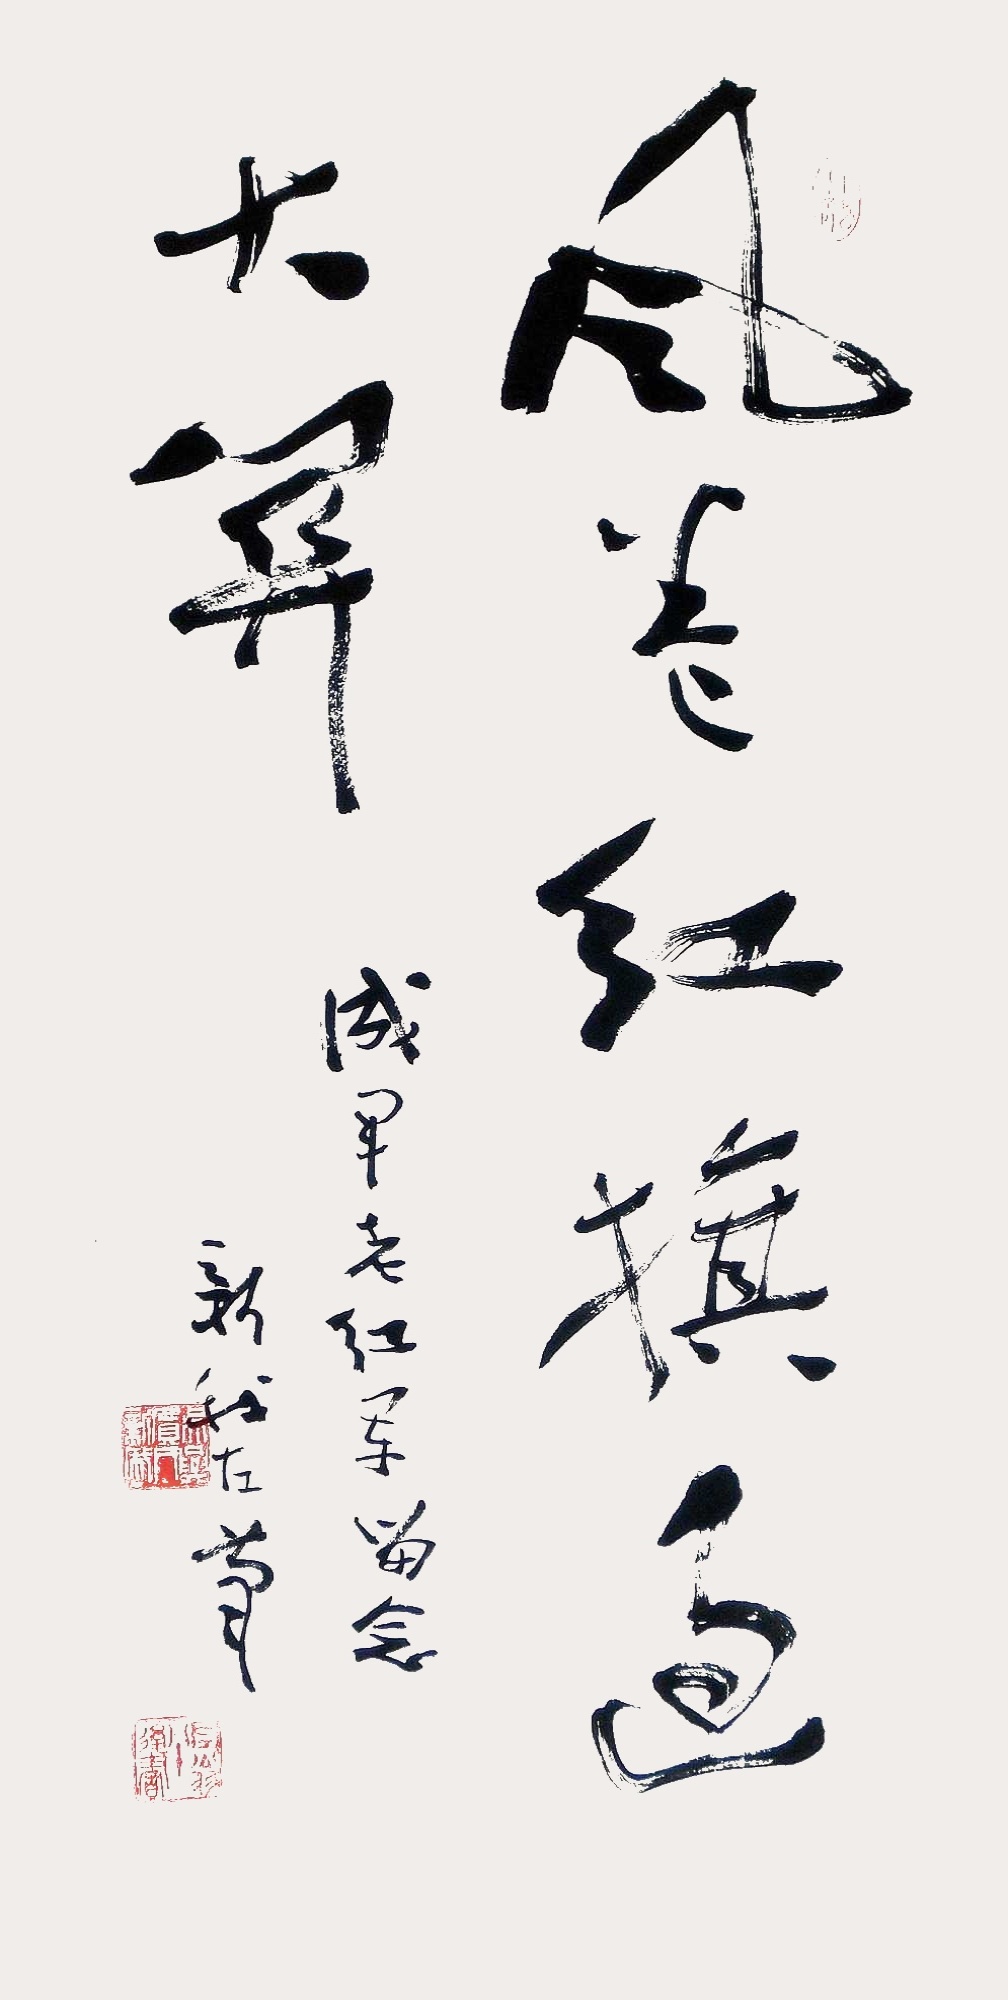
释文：风卷红旗过大关。成军老红军留念，新我左笔。